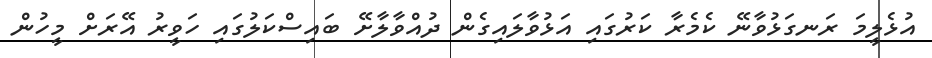
އުޅެލީމަ ރަނގަޅުވާނޭ ކެމެރާ ކަރުގައި އަޅުވާލައިގެން ދުއްވާލާށޭ ބައިސްކަލުގައި ހަވީރު އޭރަށް މީހުން